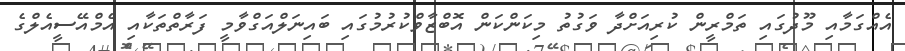
އެއްގަމާއި މޫދުގައި ތަމްރީން ކުރިއަށްދާ ވަގުތު މިކަންކަން އޮބްޒާވްކުރުމުގައި ބައިނަލްއަގްވާމީ ފަރާތްތަކާއި އެމްއޭސީއެލްގެ